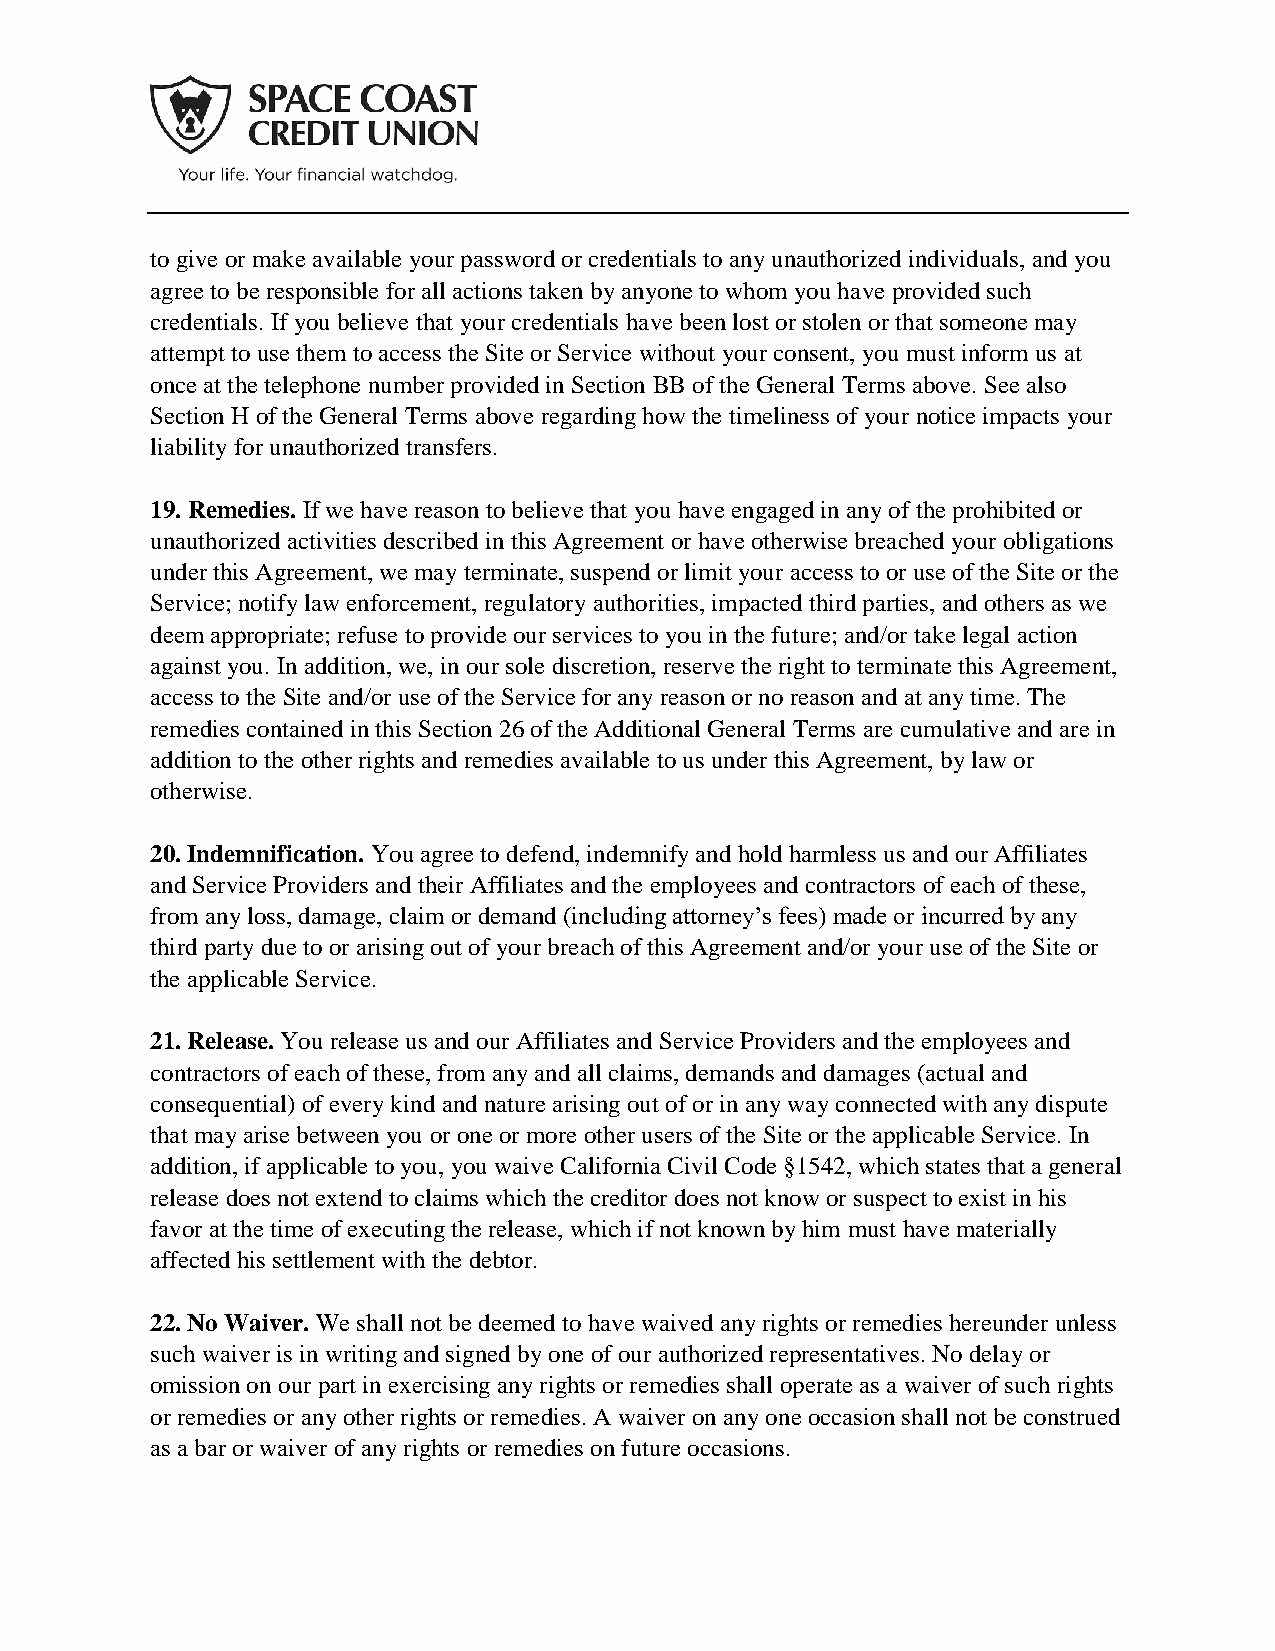
to give or make available your password or credentials to any unauthorized individuals, and you
 agree to be responsible for all actions taken by anyone to whom you have provided such
 credentials. If you believe that your credentials have been lost or stolen or that someone may
 attempt to use them to access the Site or Service without your consent, you must inform us at
 once at the telephone number provided in Section BB of the General Terms above. See also
 Section H of the General Terms above regarding how the timeliness of your notice impacts your
 liability for unauthorized transfers.
 19. Remedies. If we have reason to believe that you have engaged in any of the prohibited or
 unauthorized activities described in this Agreement or have otherwise breached your obligations
 under this Agreement, we may terminate, suspend or limit your access to or use of the Site or the
 Service; notify law enforcement, regulatory authorities, impacted third parties, and others as we
 deem appropriate; refuse to provide our services to you in the future; and/or take legal action
 against you. In addition, we, in our sole discretion, reserve the right to terminate this Agreement,
 access to the Site and/or use of the Service for any reason or no reason and at any time. The
 remedies contained in this Section 26 of the Additional General Terms are cumulative and are in
 addition to the other rights and remedies available to us under this Agreement, by law or
 otherwise.
 20. Indemnification. You agree to defend, indemnify and hold harmless us and our Affiliates
 and Service Providers and their Affiliates and the employees and contractors of each of these,
 from any loss, damage, claim or demand (including attorney’s fees) made or incurred by any
 third party due to or arising out of your breach of this Agreement and/or your use of the Site or
 the applicable Service.
 21. Release. You release us and our Affiliates and Service Providers and the employees and
 contractors of each of these, from any and all claims, demands and damages (actual and
 consequential) of every kind and nature arising out of or in any way connected with any dispute
 that may arise between you or one or more other users of the Site or the applicable Service. In
 addition, if applicable to you, you waive California Civil Code §1542, which states that a general
 release does not extend to claims which the creditor does not know or suspect to exist in his
 favor at the time of executing the release, which if not known by him must have materially
 affected his settlement with the debtor.
 22. No Waiver. We shall not be deemed to have waived any rights or remedies hereunder unless
 such waiver is in writing and signed by one of our authorized representatives. No delay or
 omission on our part in exercising any rights or remedies shall operate as a waiver of such rights
 or remedies or any other rights or remedies. A waiver on any one occasion shall not be construed
 as a bar or waiver of any rights or remedies on future occasions.